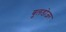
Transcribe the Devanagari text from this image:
बुलडोज़र